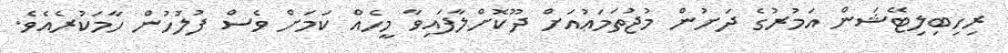
ރިހިބިލިޓޭޝަން އަމުރުގެ ދަށުން މުޖުތަމަޢުއަށް ދޫކޮށްލާފައިވާ މީހެެއް ކަމަށް ވެސް ފުލުހުން ހާމަކުރެއެވެ.